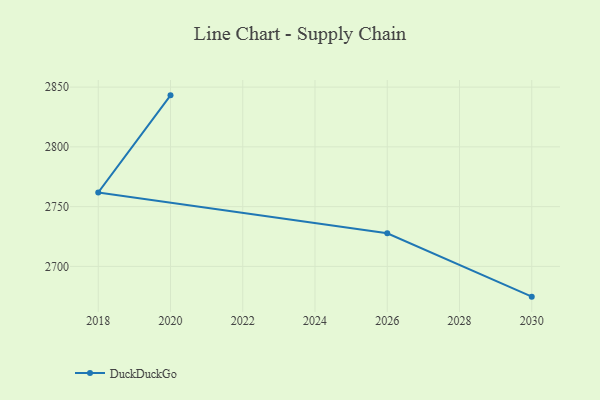
{"axis": {"x": "Year", "y": "Churn Rate (%)"}, "legend": ["DuckDuckGo"], "data": [{"x": "2020", "y": 2843.1, "type": "DuckDuckGo"}, {"x": "2018", "y": 2761.9, "type": "DuckDuckGo"}, {"x": "2026", "y": 2727.7, "type": "DuckDuckGo"}, {"x": "2030", "y": 2674.7, "type": "DuckDuckGo"}]}